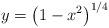
LaTeX: \begin{gather*}y=\big(1-x^2\big)^{1/4}\end{gather*}